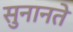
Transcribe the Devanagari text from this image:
सुनानते